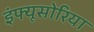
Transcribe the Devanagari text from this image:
इंफ्यूसोरिया